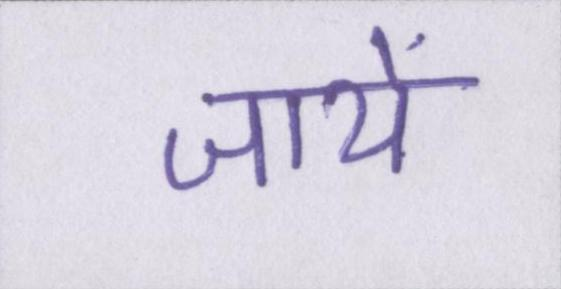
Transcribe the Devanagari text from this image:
जायें